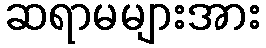
ဆရာမများအား